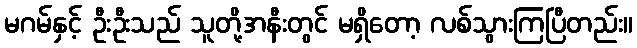
မဂမ်နှင့် ဦးဦးသည် သူတို့အနီးတွင် မရှိတော့ လစ်သွားကြပြီတည်း။